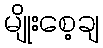
မျိုးစေ့ချ